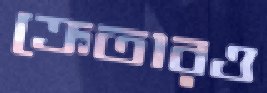
ক্রেতারও